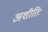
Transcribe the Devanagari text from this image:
अशीतिः